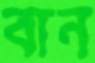
বান